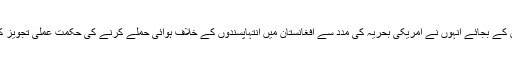
اس کے بجائے انہوں نے امریکی بحریہ کی مدد سے افغانستان میں انتہاپسندوں کے خلاف ہوائی حملے کرنے کی حکمت عملی تجویز کی۔